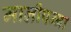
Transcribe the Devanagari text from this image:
मालीपन्‍ना